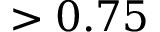
> 0 . 7 5